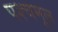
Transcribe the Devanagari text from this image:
पश्चमूल